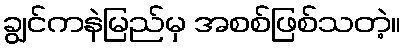
ချွင်ကနဲမြည်မှ အစစ်ဖြစ်သတဲ့။